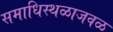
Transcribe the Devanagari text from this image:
समाधिस्थळाजवळ